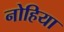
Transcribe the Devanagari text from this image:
नोहिया